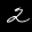
Label: 2